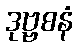
ဒုဗ္ဗစနံ